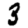
Digit: 3